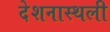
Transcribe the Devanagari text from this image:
देशनास्थली